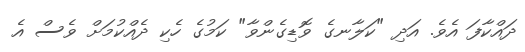
ދައްކާފަ އެވެ. އަދި "ކަލާނގެ ވޮޑިގެންވާ" ކަމުގެ ހެކި ދެއްކުމަށް ވެސް އެ